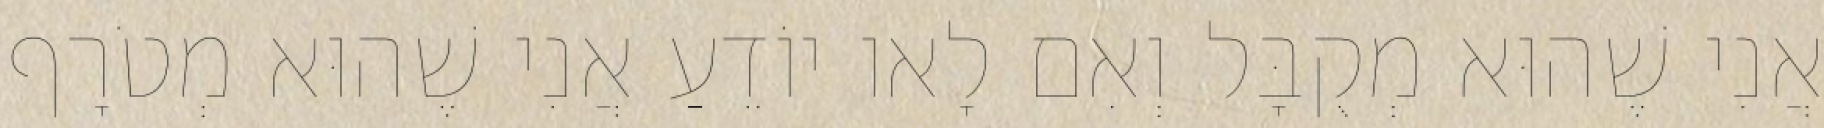
אֲנִי שֶׁהוּא מְקֻבָּל וְאִם לָאו יוֹדֵעַ אֲנִי שֶׁהוּא מְטֹרָף